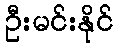
ဦးမင်းနိုင်